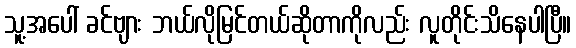
သူ့အပေါ် ခင်ဗျား ဘယ်လိုမြင်တယ်ဆိုတာကိုလည်း လူတိုင်းသိနေပါပြီ။